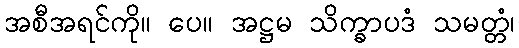
အစီအရင်ကို။ ပေ။ အဋ္ဌမ သိက္ခာပဒံ သမတ္တံ၊